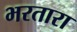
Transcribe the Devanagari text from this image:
भरतारा